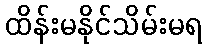
ထိန်းမနိုင်သိမ်းမရ